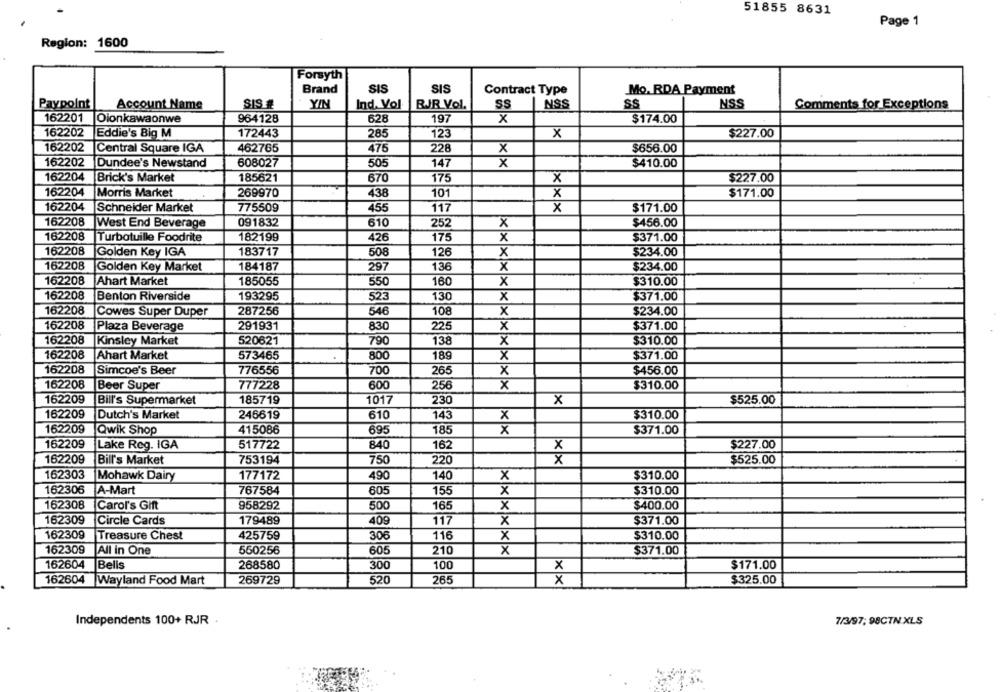
51855 8631
Page 1
Region: 1600
Forsyth
Brand
SIS
SIS
Contract Type
Mo. RDA Payment
Paypoint
SIS #
YIN
RJR Vol.
SS
NSS
SS
Account Name
Ind. Vol
NSS
Comments for Exceptions
628
197
162201 Oionkawaonwe
964128
x
$174.00
162202
Eddie's Big M
172443
285
123
x
$227.00
162202
Central Square IGA
462765
475
228
x
$656.00
162202
Dundee's Newstand
608027
505
147
x
$410.00
162204
Brick's Market
185621
670
175
x
$227.00
162204
Morris Market
269970
438
101
$171.00
X
162204
Schneider Market
775509
455
117
x
$171.00
162208
091832
610
West End Beverage
252
X
$456.00
162208
Turbotuille Foodrite
182199
426
175
x
$371.00
162208
Golden Key IGA
183717
508
126
x
$234.00
162208
Golden Key Market
184187
297
136
x
$234.00
162208
Ahart Market
185055
550
160
x
$310.00
162208
Benton Riverside
193295
523
130
x
$371.00
162208
Cowes Super Duper
287256
546
108
x
$234.00
162208
$371.00
Plaza Beverage
291931
830
225
x
162208
Kinsley Market
520621
790
138
x
$310.00
162208
Ahart Market
573465
800
189
x
$371.00
162208
Simcoe's Beer
776556
700
265
x
$456.00
162208
Beer Super
777228
600
256
x
$310.00
162209
Bill's Supermarket
185719
1017
230
X
$525.00
162209
Dutch's Market
246619
610
143
$310.00
X
162209
185
Qwik Shop
415086
695
x
$371.00
162209
Lake Reg. IGA
517722
840
162
X
$227.00
162209
Bill's Market
753194
750
220
x
$525.00
162303
Mohawk Dairy
177172
490
140
X
$310.00
162306
A-Mart
767584
605
155
x
$310.00
162308
165
Carol's Gift
958292
500
x
$400.00
162309
Circle Cards
179489
409
117
x
$371.00
162309
Treasure Chest
425759
306
116
x
$310.00
162309
All in One
550256
605
210
x
$371.00
162604
|Bells
268580
300
100
x
$171.00
162604
Wayland Food Mart
520
265
x
$325.00
269729
Independents 100+ RJR
7/3/97; 98CTN XLS